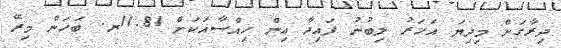
ދިރާގަށް މިދިޔަ އަހަރު ލިބުނު ފައިދާ އިން ހިއްސާއަކަށް 11.81ރ. ބަހަން މިރޭ